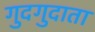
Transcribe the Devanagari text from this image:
गुदगुदाता